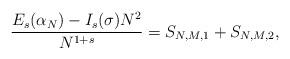
LaTeX: \begin{align*}\frac{E_{s}(\alpha_{N})-I_{s}(\sigma) N^{2}}{N^{1+s}}=S_{N,M,1}+S_{N,M,2},\end{align*}